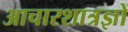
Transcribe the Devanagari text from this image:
आचारशात्रज्ञों